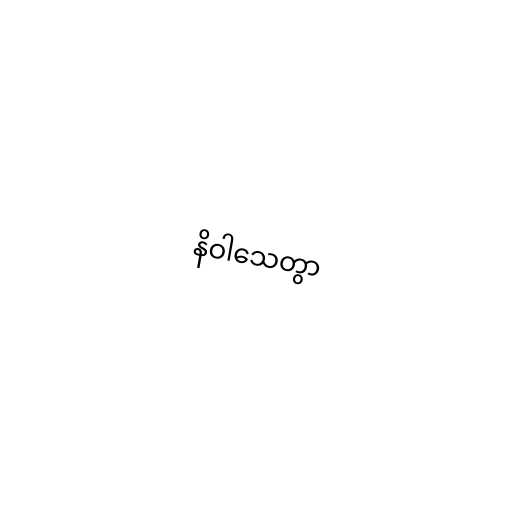
နိဝါသေတွာ